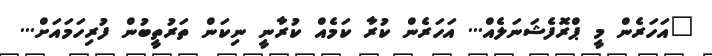
"އަހަރެން މީ ޕްރޮފެޝަނަލެއް... އަަހަރެން ކުރާ ކަމެއް ކުރާނީ ނިކަން ތަރުތީބުން ފުރިހަމައަށް...